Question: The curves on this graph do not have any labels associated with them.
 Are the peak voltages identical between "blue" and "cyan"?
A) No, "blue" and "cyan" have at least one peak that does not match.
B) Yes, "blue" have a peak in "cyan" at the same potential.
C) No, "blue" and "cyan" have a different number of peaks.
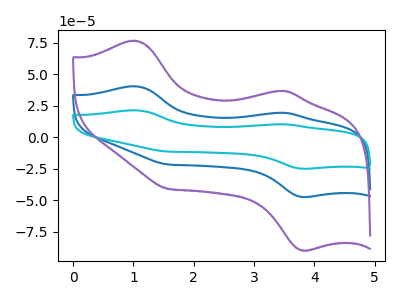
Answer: <think>The blue curve "blue" has anodic peaks at (1.00V, 40.45uA) (3.50V, 19.45uA) and cathodic peaks at (3.80V, -47.50uA) (1.60V, -21.65uA). The cyan curve "cyan" has anodic peaks at (1.00V, 80.90uA) (3.50V, 38.85uA) and cathodic peaks at (3.80V, -95.00uA) (1.60V, -43.30uA). The purple curve "purple" has anodic peaks at (1.00V, 76.60uA) (3.50V, 36.80uA) and cathodic peaks at (3.80V, -89.95uA) (1.60V, -41.05uA).</think>
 <answer>B) Yes, "blue" have a peak in "cyan" at the same potential.</answer>
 <eval>B</eval>